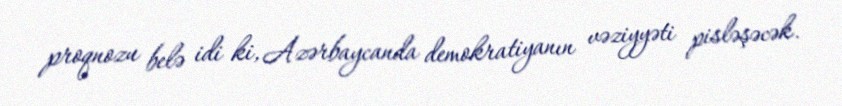
proqnozu belə idi ki, Azərbaycanda demokratiyanın vəziyyəti pisləşəcək.